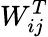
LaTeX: W_{ij}^{T}